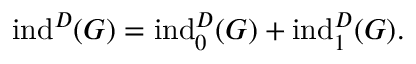
\mathrm { i n d } ^ { D } ( G ) = \mathrm { i n d } _ { 0 } ^ { D } ( G ) + \mathrm { i n d } _ { 1 } ^ { D } ( G ) .